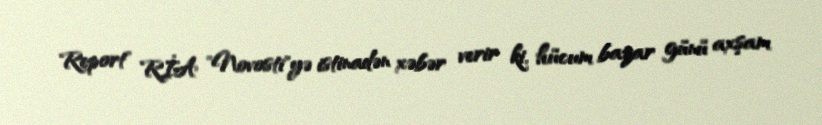
Report" RİA "Novosti"yə istinadən xəbər verir ki, hücum bazar günü axşam